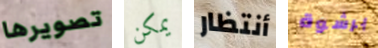
تصويرها يمكن أنتظار برشوة